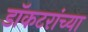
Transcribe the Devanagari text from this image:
डॉकटरांच्या